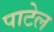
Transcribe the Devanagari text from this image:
पाटेल